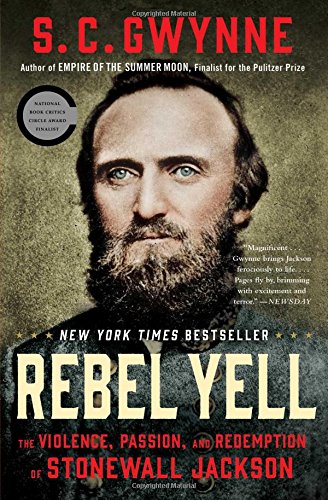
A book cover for Rebel Yell: The Violence, Passion, and Redemption of Stonewall Jackson; S. C. Gwynne; Biographies & Memoirs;